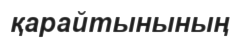
қарайтынының